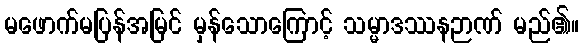
မဖောက်မပြန်အမြင် မှန်သောကြောင့် သမ္မာဒဿနဉာဏ် မည်၏။